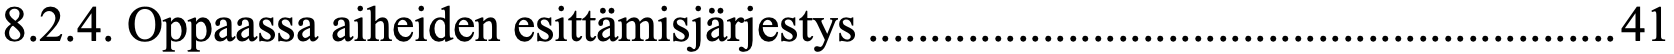
8.2.4. Oppaassa aiheiden esittämisjärjestys ............................................................ 41